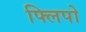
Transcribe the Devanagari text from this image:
फ्लिपो